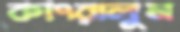
কাৎরালুম